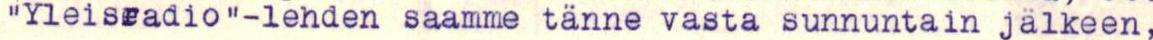
"yleisradio"-lehden saamme tänne vasta sunnuntain jälkeen,